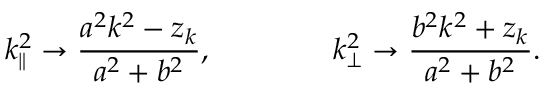
k _ { \| } ^ { 2 } \to \frac { a ^ { 2 } k ^ { 2 } - z _ { k } } { a ^ { 2 } + b ^ { 2 } } , \qquad \qquad k _ { \bot } ^ { 2 } \to \frac { b ^ { 2 } k ^ { 2 } + z _ { k } } { a ^ { 2 } + b ^ { 2 } } .